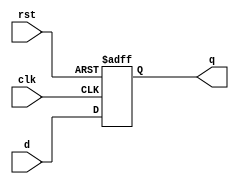
`timescale 1ns / 1ps
//////////////////////////////////////////////////////////////////////////////////
// Company: 
// Engineer: 
// 
// Design Name: 
// Module Name: dff
// Project Name: 
// Target Devices: 
// Tool Versions: 
// Description: 
// 
// Dependencies: 
// 
// Revision:
// Revision 0.01 - File Created
// Additional Comments:
// 
//////////////////////////////////////////////////////////////////////////////////


module dff(
input clk,rst,d,
output reg q
    );
    
    
    always@(posedge clk or posedge rst)
    begin
       if(rst==1'b1)
         q <= 1'b0;
         else
          q <= d; 
    end
endmodule